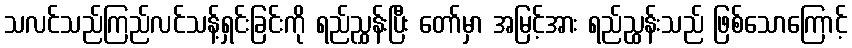
သလင်သည်ကြည်လင်သန့်ရှင်းခြင်းကို ရည်ညွှန်းပြီး တော်မှာ အမြင့်အား ရည်ညွှန်းသည် ဖြစ်သောကြောင့်